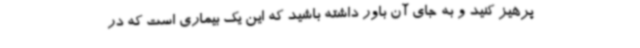
پرهیز کنید و به جای آن باور داشته باشید که این یک بیماری است که در